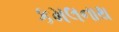
કમલનાથ